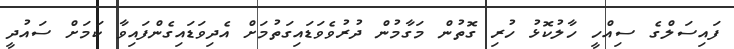
ފައިސަލްގެ ސިއްހީ ހާލުކޮޅު ހުރި ގޮތުން މަގާމުން ދުރުވެވަޑައިގަތުމަށް އެދިވަޑައިގެންފައިވާ ކަމަށް ސައުދީ